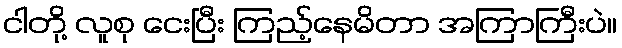
ငါတို့ လူစု ငေးပြီး ကြည့်နေမိတာ အကြာကြီးပဲ။